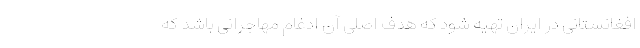
افغانستانی در ایران تهیه شود که هدف اصلی آن ادغام مهاجرانی باشد که